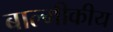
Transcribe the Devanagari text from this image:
बाल्मीकीय